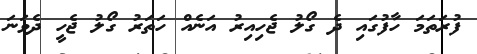
ފުރަތަމަ ހާފުގައި ދެ ގޯލު ޖެހިއިރު އަނެއް ހަތަރު ގޯލު ޖެހީ ދެވަނަ